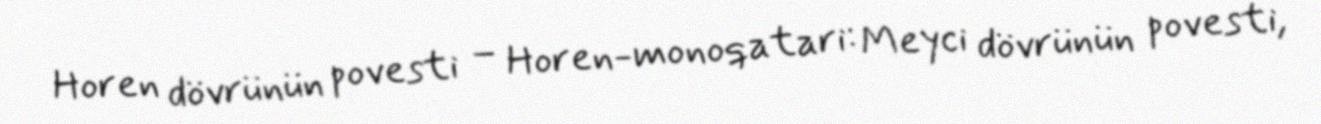
Horen dövrünün povesti – Horen-monoqatari: Meyci dövrünün povesti,